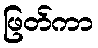
ဖြတ်ကာ